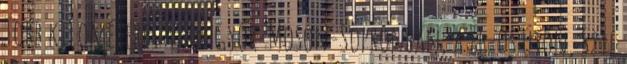
Több kilométeres a sor Győr-Moson-Sopronban, a 86-os úton, Szil